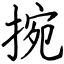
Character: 捥